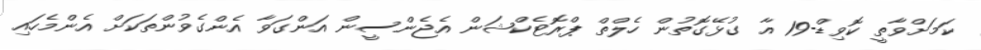
ކަމަށްވާތީ ކޮވިޑް-19 އާ ގުޅޭގޮތުން ހެލްތް ޕްރޮޓެކްޝަން އެޖެންސީން އަންގަވާ އެންގެވުންތަކަށް އެންމެހައި